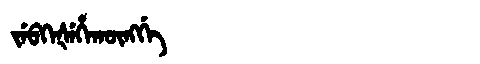
Manchu: ᠵᡝᠪᡴᡝᡧᡝᡥᠠᡴᡡᠩᡤᡝ
Romanization: JEBKEŠEHAKŪNGGE